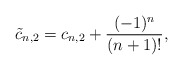
\begin{align*} \tilde{c}_{n,2}=c_{n,2}+\frac{(-1)^n}{(n+1)!},\end{align*}